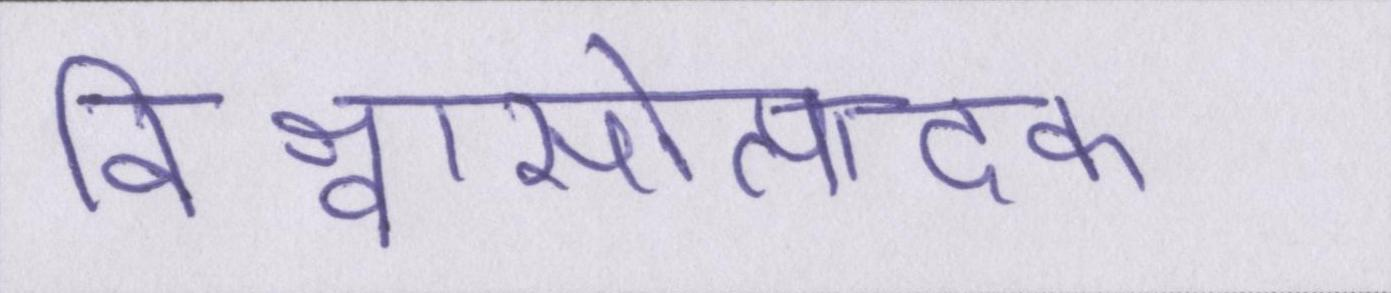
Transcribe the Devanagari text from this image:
विश्वासोत्पादक